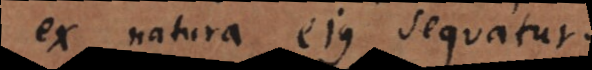
ex natura ejus sequatur.